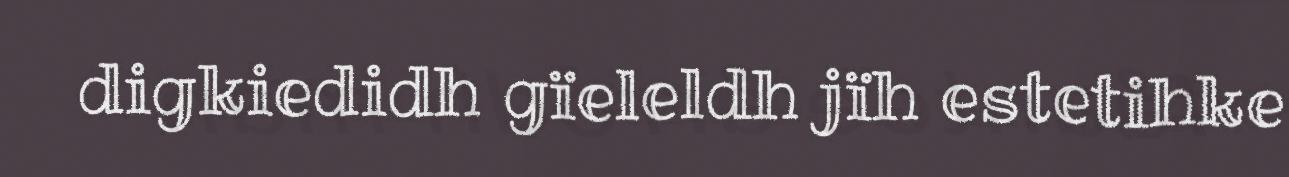
digkiedidh gïeleldh jïh estetihke